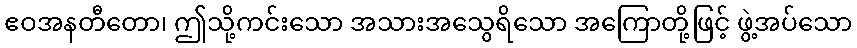
ဧဝအနတီတော၊ ဤသို့ကင်းသော အသားအသွေရိသော အကြောတို့ဖြင့် ဖွဲ့အပ်သော